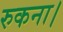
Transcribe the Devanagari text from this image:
रुकना।